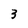
Character: 3